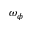
\omega _ { \phi }